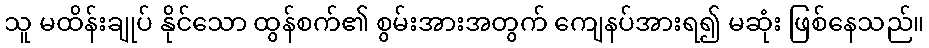
သူ မထိန်းချုပ် နိုင်သော ထွန်စက်၏ စွမ်းအားအတွက် ကျေနပ်အားရ၍ မဆုံး ဖြစ်နေသည်။